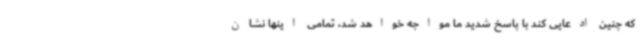
که چنین ادعایی کند با پاسخ شدید ما مواجه خواهد شد، تمامی اینها نشان